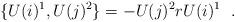
LaTeX: \begin{align*}\{ U(i)^1, U(j)^{2}\} =-U(j)^{2}rU(i)^{1}\ \ . \end{align*}